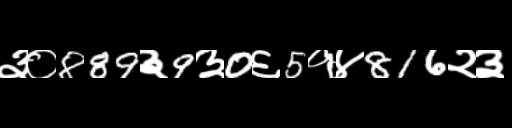
Text: ३०889३9३0६5१४816२३